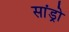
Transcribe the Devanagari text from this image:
सांड्रो